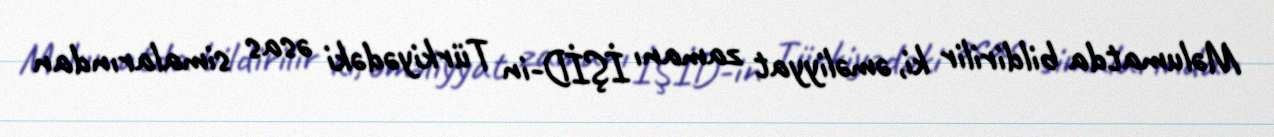
Məlumatda bildirilir ki, əməliyyat zamanı İŞİD-in Türkiyədəki əsas simalarından